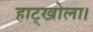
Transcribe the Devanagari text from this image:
हाट्खोला।